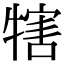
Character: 犗